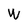
Character: W